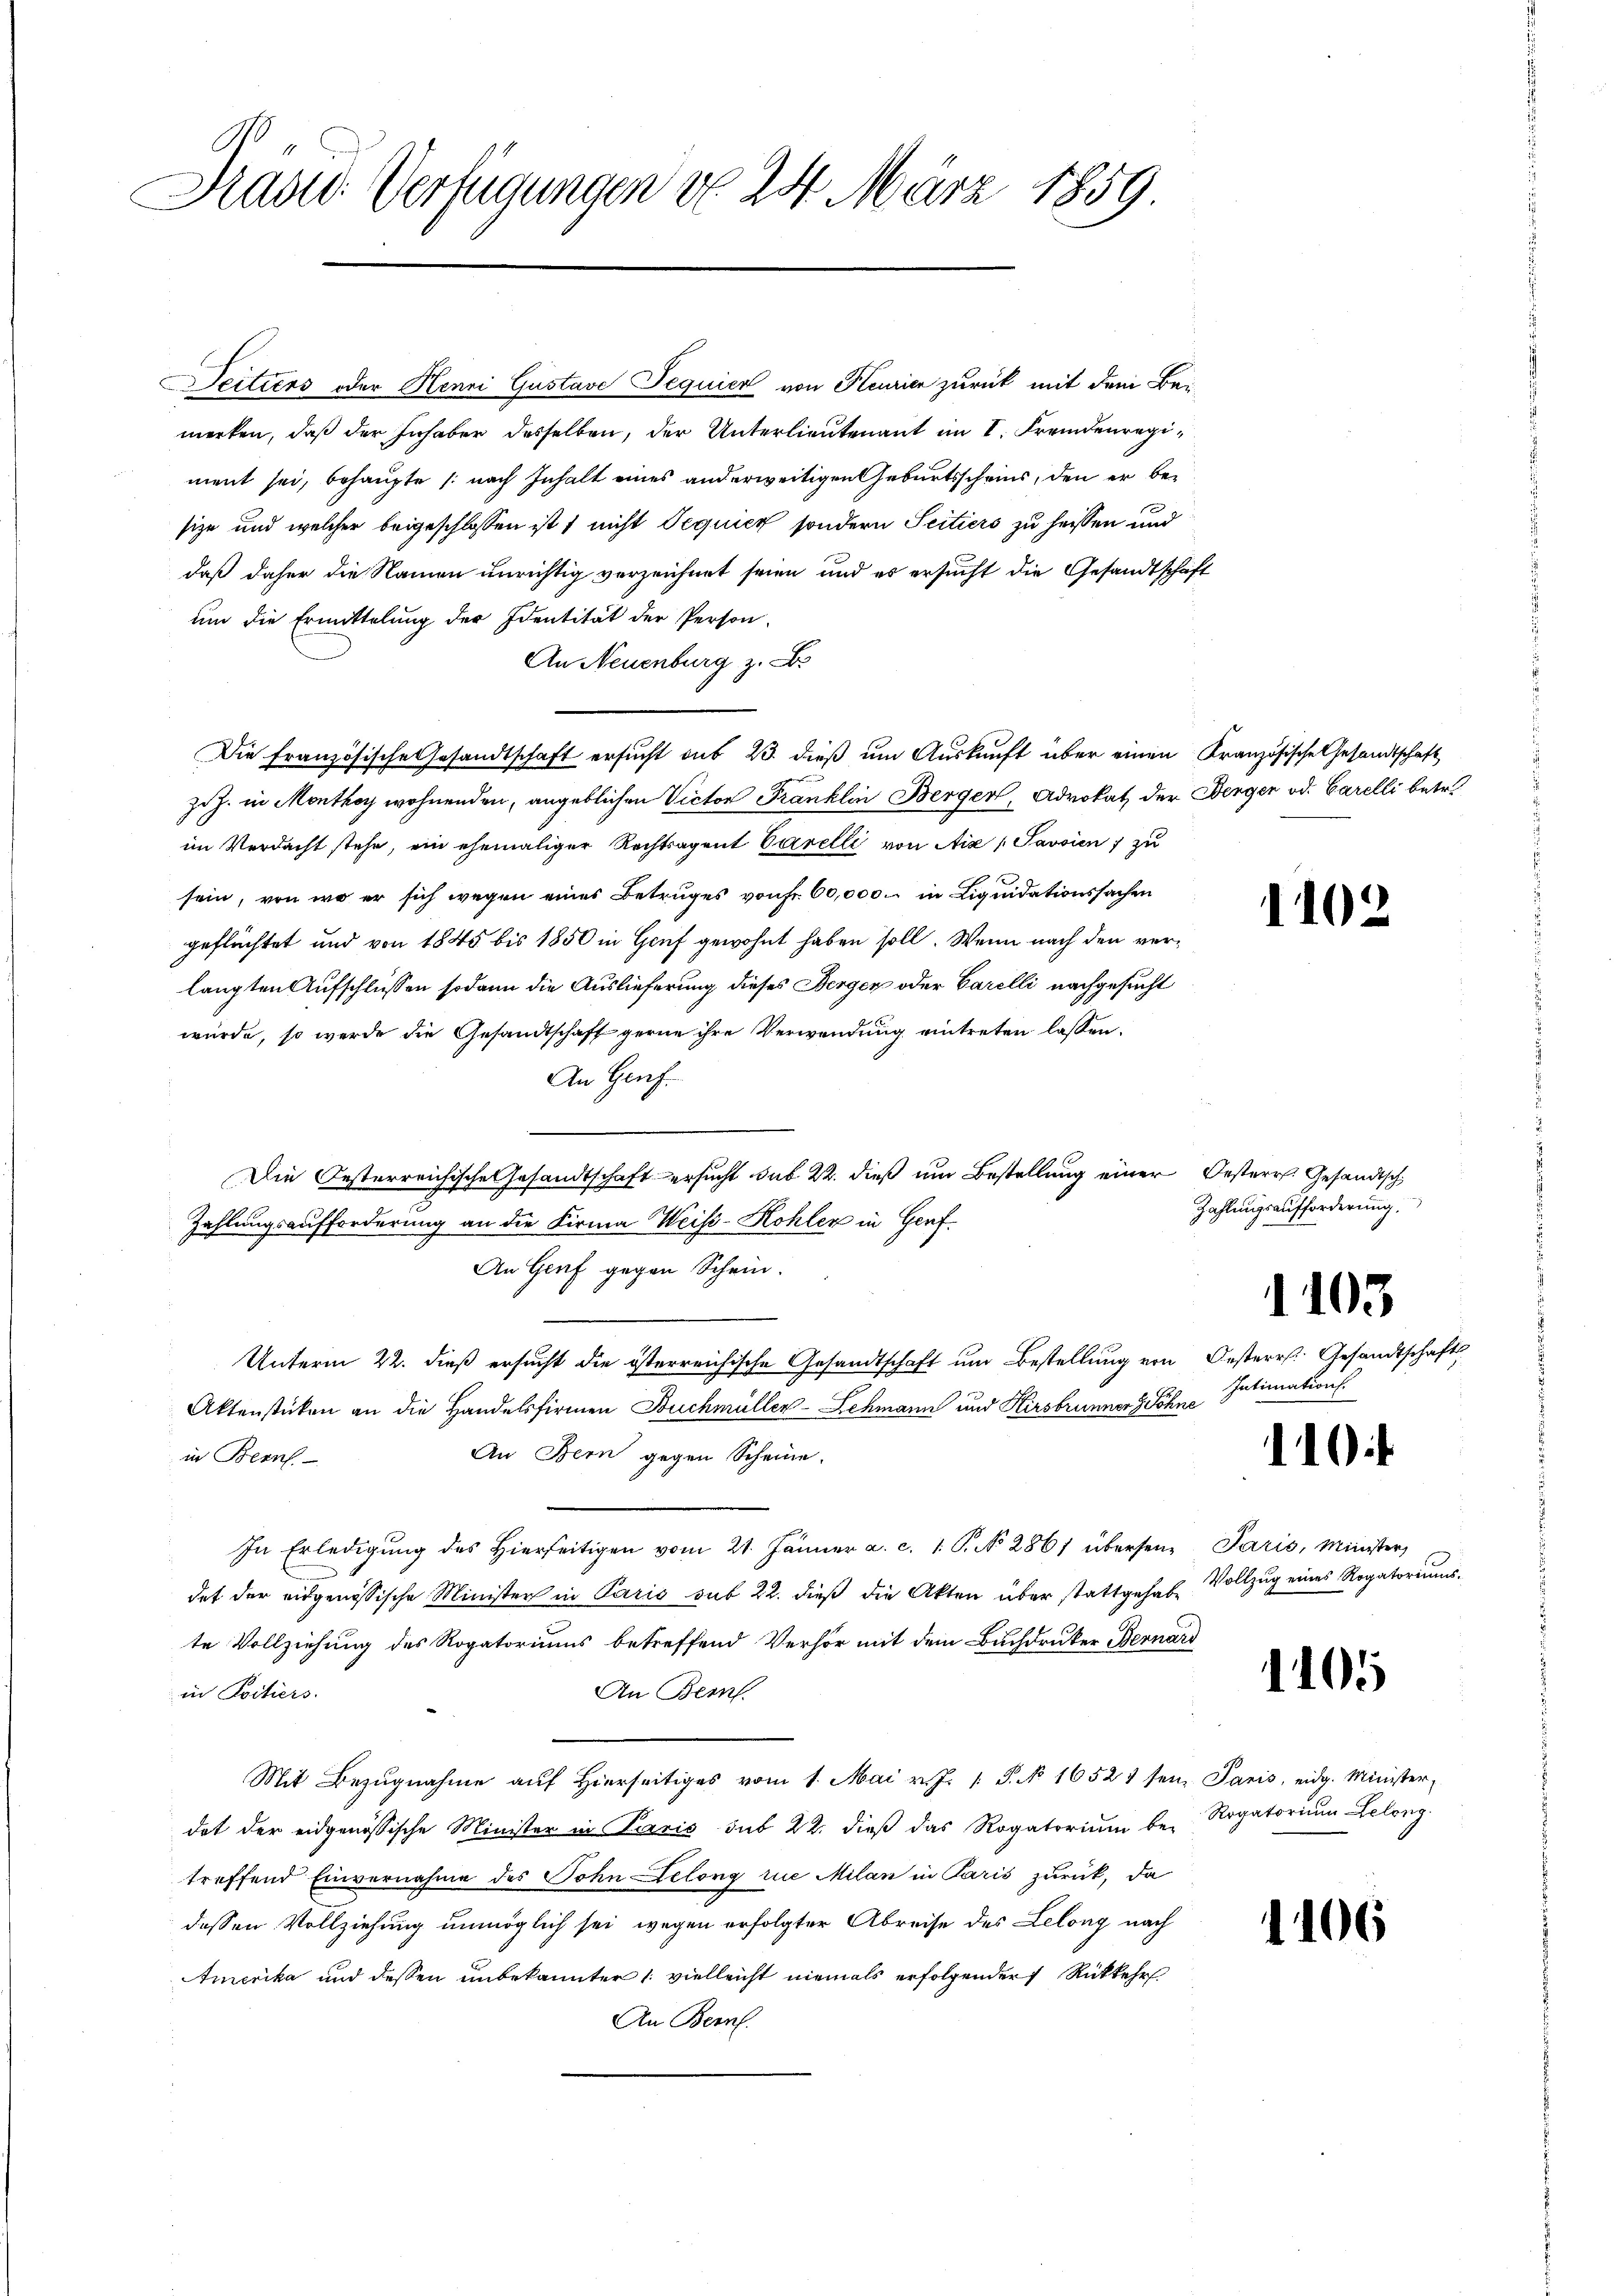
Brand Verfügungen do 24. März 1859.

eitiers oder Henri Gustave Jequier von Keurier zurück mit dem Bemerken, daß der Inhaber desselben, der Unterlieutenant im I. Fremdenregiment sei, behaupte (nach Inhalt eines anderweitigen Geburtsscheins, den er besize und welcher beigeschlossen ist, nicht Tequier sondern Scitiers zu heissen und
daß daher die Namen unrichtig verzeichnet seien, und es ersucht die Gesandtschaft
ŭm die Ermittelung der Identität der Person
An Neuenburg z. B.
Die französische Gesandtschaft ersucht aus 23. dieß um Auskunft über einen Kranzösische Gesandtschaft
zuz. in Monthey wohnenden, angeblichen Victor Franklin Berger, Advokat der Bergen od. Carelli betr.
im Verdacht stehe, ein ehemaliger Rechtsagent Carelli von Aix (Javsien zu
sein, von wo er sich wegen eines Betruges von Fr. 60,000. in Liquidationssachen
geflüchtet und von 1845 bis 1850 in Genf gewohnt haben soll. Wenn nach den verlangten Aufschlüssen sodann die Auslieferung dieses Berger oder Carelli nachgesucht
würde, so werde die Gesandtschaft gerne ihre Verwendung eintreten lassen.
An Genf.
Die Oesterreichische Gesandtschaft ersucht das 22. dieß um Bestellung einer Oesterr. Gesandtsch
Zahlungsaufforderung an die Firma Weise-Kohler in Genf.
An Genf gegen Schein.
Unterm 22. dieß ersucht die österreichische Gesandtschaft um Bestellung von Oesterr. Gesandtschafts
Aktenstücken an die Handelsfirmen Buchmüller-Schmann und Kirsbrunner Söhne
An Bern gegen Scheine.
in Bern
In Erledigŭng des hierseitigen vom 21. Jänner a. c. 1. P. No. 286 übersen Paris, Ministers
det der eidgenössische Minister in Paris sub 22. dieß die Akten über stattgehabe
te Vollziehung des Rogatoriums betreffend Verhör mit dem Buchdruker Bernard
in Poitiers.
An Bern.
Mit Bezŭgnahme auf hierseitiges vom 1. Mai v. J. P. N 16521 sein Paris, eidg. Minister-
dat der eidgenössische Minister in Laxis sub 22. dieß das Rogatorium be-
treffend Einvernahme des Sohn Lelong die Milan in Paris zurück, da
dessen Vollziehung unmöglich sei wegen erfolgter Abreise des Lelong nach
Amerika und dessen unbekannter /: vielleicht niemals erfolgender Rückkehr
An Bern.

110

Zahlungsaufforderung.

05

Intimation

110

Vollzug eines Rogatoriums.

1105

Rogatorium Leleng

1106